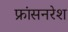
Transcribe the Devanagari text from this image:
फ्रांसनरेश